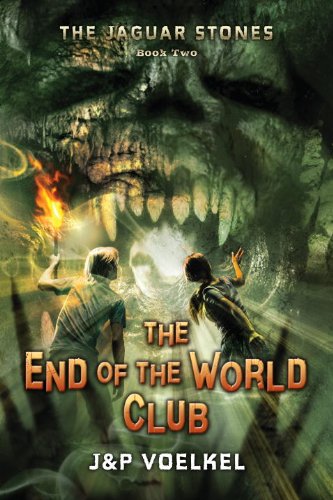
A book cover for The Jaguar Stones, Book Two: The End of the World Club; J&P Voelkel; Children's Books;